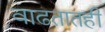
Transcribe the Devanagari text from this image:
वाढतातही